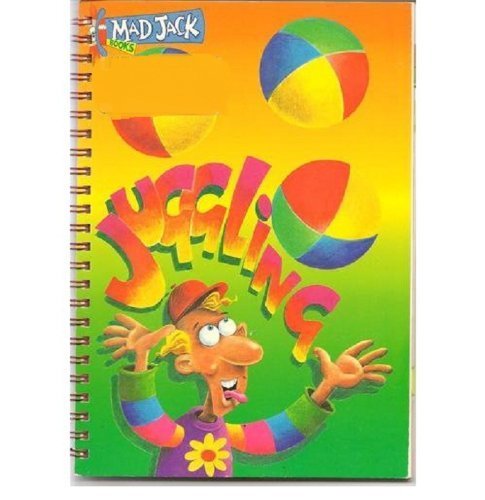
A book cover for Mad Jack: Juggling; DK Publishing; Sports & Outdoors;